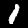
Digit: 1